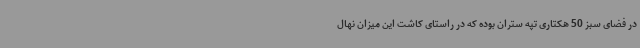
در فضای سبز 50 هکتاری تپه ستران بوده که در راستای کاشت این میزان نهال